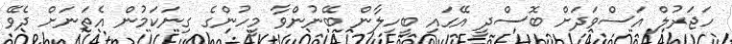
ހަޖަރުލް އަސްވަދަށް ބޮސްދީ އޭގައި ބީހިލާން ބޭނުންވާ މީހުންގެ ގިނަކަމުން އެތަނަށް ދެވޭ